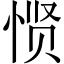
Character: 𱞠